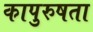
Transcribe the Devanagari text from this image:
कापुरुषता